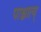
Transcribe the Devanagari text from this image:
पाश्चात्य्